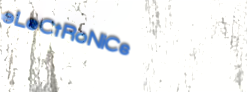
eLeCtRoNiCs